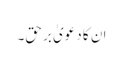
ان کا دعویٰ برحق۔